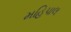
મહિપાલ